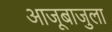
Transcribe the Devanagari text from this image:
आजूबाजुला